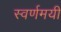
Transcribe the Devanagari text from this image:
स्‍वर्णमयी